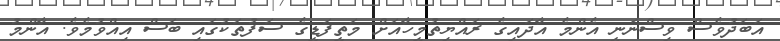
އަބަދުވެސް ވިސްނަނީ އެންމެ އާދައިގެ ރައްޔިތުމީހާއަށް މަތީފަޑީގެ ސަފުތަކުގައި ބަސް އިއްވުމެވެ. އާންމު